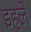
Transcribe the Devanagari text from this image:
इहले